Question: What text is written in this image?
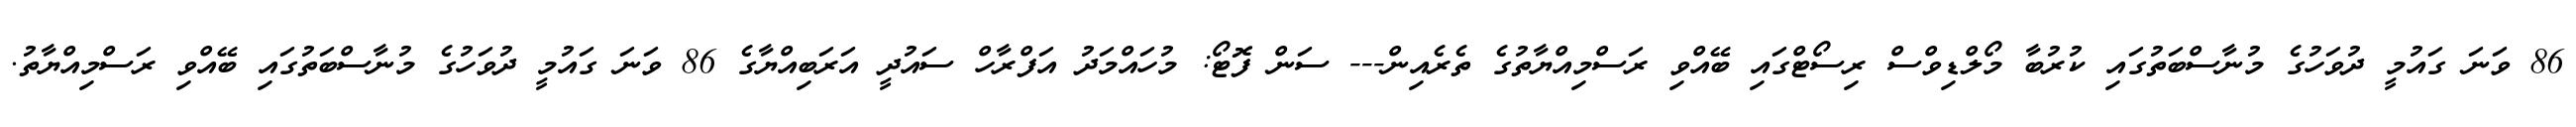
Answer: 86 ވަނަ ގައުމީ ދުވަހުގެ މުނާސްބަތުގައި ކުރުބާ މޯލްޑިވްސް ރިސޯޓްގައި ބޭއްވި ރަސްމިއްޔާތުގެ ތެރެއިން--- ސަން ފޮޓޯ: މުހައްމަދު އަފްރާހް ސައުދީ އަރަބިއްޔާގެ 86 ވަނަ ގައުމީ ދުވަހުގެ މުނާސްބަތުގައި ބޭއްވި ރަސްމިއްޔާތު.